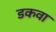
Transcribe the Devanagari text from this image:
डकवा